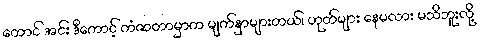
တောင် အင်း ဒီကောင့် ကံဇာတာမှာက မျက်နှာများတယ်၊ ဟုတ်များ နေမလား မသိဘူးလို့